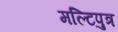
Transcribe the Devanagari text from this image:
मल्टिपुत्र